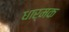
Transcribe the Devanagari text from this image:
धार्मक